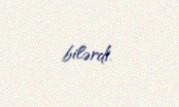
bilərdi.